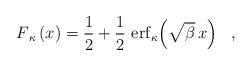
LaTeX: \begin{align*}F_{\,\kappa}\,(x)= \frac{1}{2} + \frac{1}{2}\,\,{\rm erf}_{\kappa}\!\left(\sqrt{\beta}\,x\right) \ \ , \end{align*}